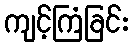
ကျင့်ကြံခြင်း